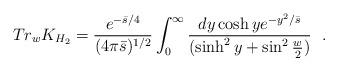
LaTeX: \begin{align*}Tr_w K_{H_2}={e^{-{\bar{s}/4}}\over (4\pi \bar{s})^{1/2}}\int_0^\infty {dy \cosh y e^{-{y^2/ \bar{s}}}\over (\sinh^2y+\sin^2{w\over 2})}~~.\end{align*}